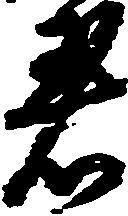
着